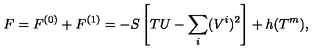
F = F ^ { ( 0 ) } + F ^ { ( 1 ) } = - S \left[ T U - \sum _ { i } ( V ^ { i } ) ^ { 2 } \right] + h ( T ^ { m } ) ,